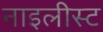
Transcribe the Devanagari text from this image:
नाइलीस्ट